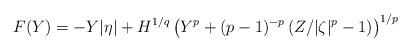
LaTeX: \begin{align*} F(Y)=-Y|\eta|+ H^{1/q}\left(Y^p+(p-1)^{-p}\left(Z/{|\zeta|^p}-1\right)\right)^{1/p}\end{align*}